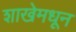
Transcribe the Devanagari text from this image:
शाखेमधून